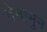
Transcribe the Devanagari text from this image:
वेनामुन